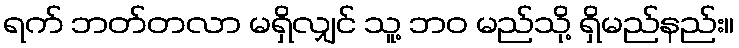
ရက် ဘတ်တလာ မရှိလျှင် သူ့ ဘဝ မည်သို့ ရှိမည်နည်း။